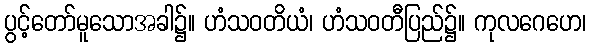
ပွင့်တော်မူသောအခါ၌။ ဟံသဝတိယံ၊ ဟံသဝတီပြည်၌။ ကုလဂေဟေ၊